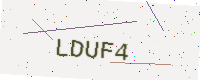
Text: LDUF4